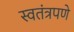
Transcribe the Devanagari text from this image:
स्‍वतंत्रपणे